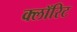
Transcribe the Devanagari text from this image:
क्लॉरिट